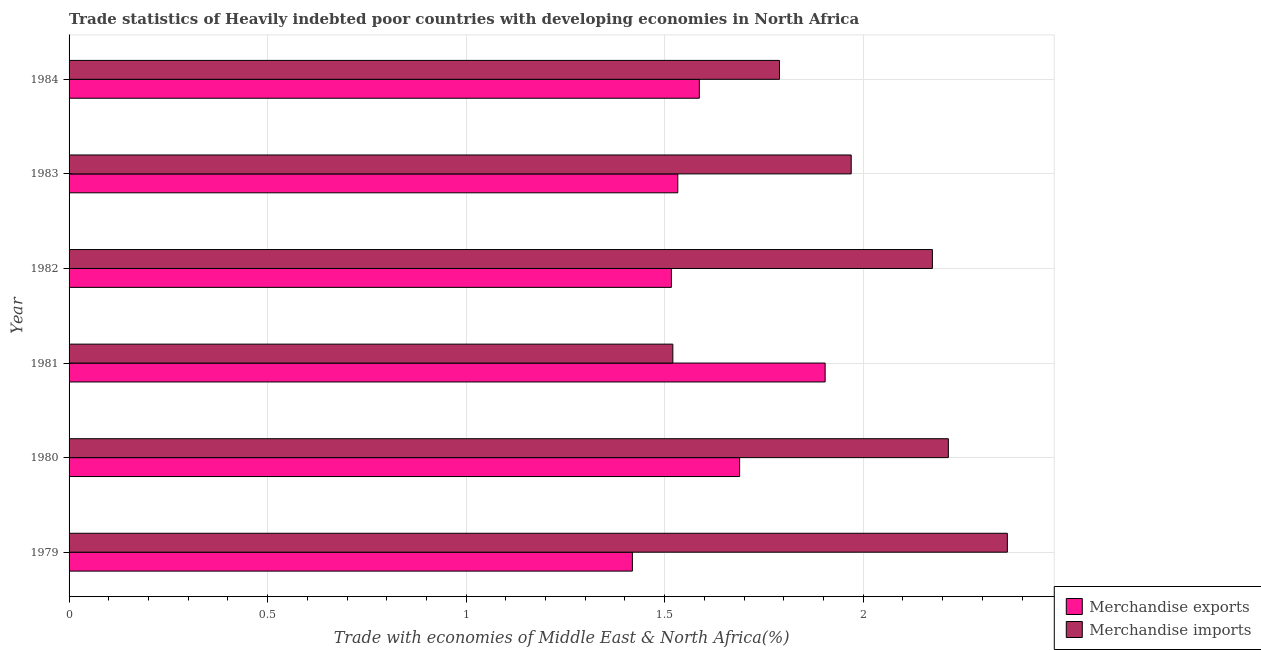
| Year | Merchandise exports | Merchandise imports |
 | --- | --- | --- |
 | 1979 | 1.42 | 2.36 |
 | 1980 | 1.69 | 2.21 |
 | 1981 | 1.9 | 1.52 |
 | 1982 | 1.52 | 2.17 |
 | 1983 | 1.53 | 1.97 |
 | 1984 | 1.59 | 1.79 |